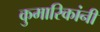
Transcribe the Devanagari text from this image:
कुमारिकांनीं